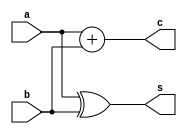
`timescale 1ns / 1ps    

// Fulladder using two halfadders

module HA(a,b,s,c);                         
input a,b;
output s,c;                                     
assign s=a^b, c=a+b;              
endmodule                                   

module FA_using_HA(A,B,Cin,Sum,Carry);    
input A,B,Cin;                                
output Sum,Carry;                            
wire x,y;   

HA ha1(.a(A),.b(B),.s(x),.c(y));               
HA ha2(.a(x),.b(Cin),.s(Sum),.c(Carry));  
endmodule